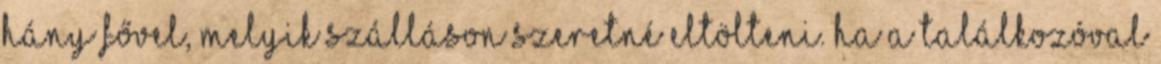
hány fővel, melyik szálláson szeretné eltölteni. Ha a találkozóval